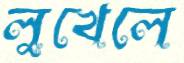
লুখেলে